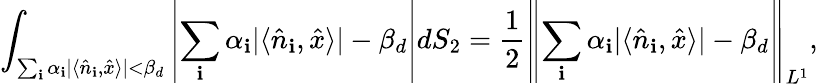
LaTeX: \int_{\sum_{\mathbf{i}}\alpha_{\mathbf{i}}|\langle\hat{{n}}_{\mathbf{i}},\hat{{x}}\rangle|<\beta_{d}}\left|\sum_{\mathbf{i}}\alpha_{\mathbf{i}}|\langle\hat{{n}}_{\mathbf{i}},\hat{{x}}\rangle|-\beta_{d}\right|dS_{2}=\frac{{1}}{{2}}\left\lVert\sum_{\mathbf{i}}\alpha_{\mathbf{i}}|\langle\hat{{n}}_{\mathbf{i}},\hat{{x}}\rangle|-\beta_{d}\right\rVert_{L^{1}},